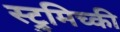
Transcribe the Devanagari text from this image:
स्ट्रुमिच्की